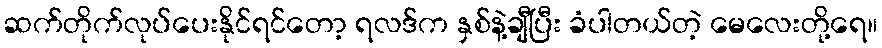
ဆက်တိုက်လုပ်ပေးနိုင်ရင်တော့ ရလဒ်က နှစ်နဲ့ချီပြီး ခံပါတယ်တဲ့ မေလေးတို့ရေ။